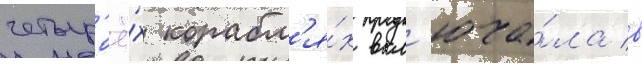
четыр'ё́х корабл'я́х вкл'юча́ла в